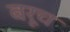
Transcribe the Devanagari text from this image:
बरूच